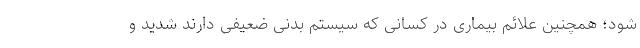
شود؛ همچنین علائم بیماری در کسانی که سیستم بدنی ضعیفی دارند شدید و